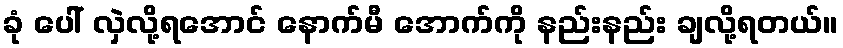
ခုံ ပေါ် လှဲလို့ရအောင် နောက်မီ အောက်ကို နည်းနည်း ချလို့ရတယ်။